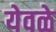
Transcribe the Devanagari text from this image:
येवळे